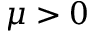
\mu > 0